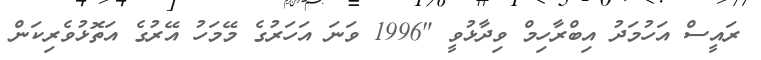
ރައީސް އަހުމަދު އިބްރާހިމް ވިދާޅުވީ "1996 ވަނަ އަހަރުގެ މޭމަހު އޭރުގެ އަތޮޅުވެރިކަން